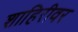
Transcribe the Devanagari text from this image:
शाहिरीवर